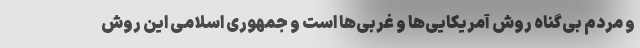
و مردم بی‌گناه روش آمریکایی‌ها و غربی‌ها است و جمهوری اسلامی این روش